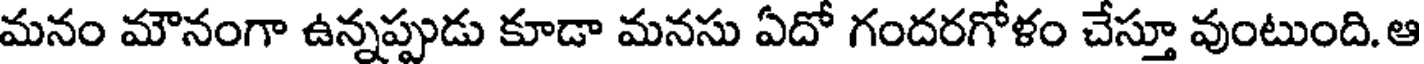
మనం మౌనంగా ఉన్నప్పుడు కూడా మనసు ఏదో గందరగోళం చేస్తూ వుంటుంది. ఆ